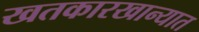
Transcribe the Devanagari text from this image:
खतकारखान्यात